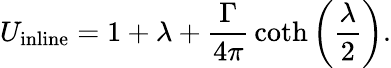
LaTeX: U_{\mathrm{inline}}=1+\lambda+{\frac{\Gamma}{4\pi}}\coth\left({\frac{\lambda}{2}}\right).